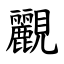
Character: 䚕